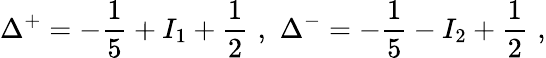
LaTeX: \Delta^{+}=-\frac{1}{5}+I_{1}+\frac{1}{2}\, \, ,\, \, \Delta^{-}=-\frac{1}{5}-I_{2}+\frac{1}{2}\, \, ,